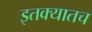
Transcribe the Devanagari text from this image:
इतक्यातच